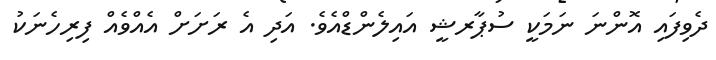
ދެވިފައި އޮންނަ ނަމަކީ ސުޕާރޝީ އައިލެންޑްއެވެ. އަދި އެ ރަށަށް އެއްވެއް ފިރިހެނަކު